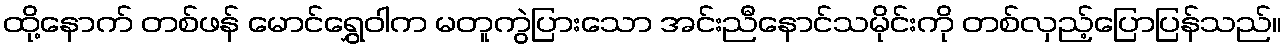
ထို့နောက် တစ်ဖန် မောင်ရွှေဝါက မတူကွဲပြားသော အင်းညီနောင်သမိုင်းကို တစ်လှည့်ပြောပြန်သည်။